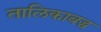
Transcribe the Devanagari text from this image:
तालिकाबद्ध